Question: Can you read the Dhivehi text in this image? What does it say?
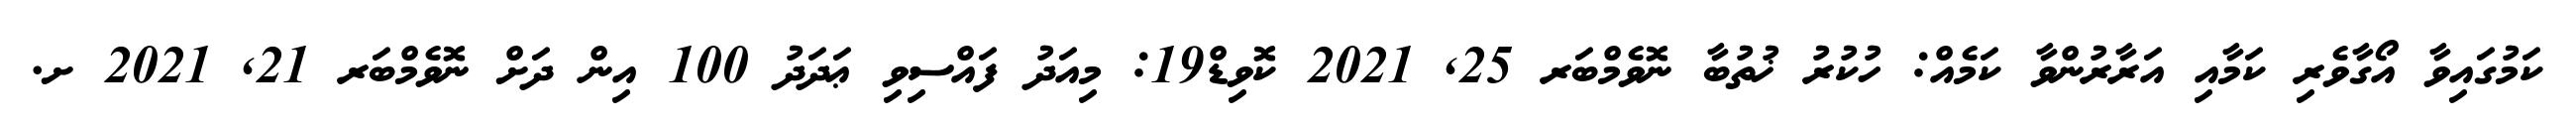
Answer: ކަމުގައިވާ އޯގާވެރި ކަމާއި އަރާރުންވާ ކަމެއް: ހުކުރު ޚުތުބާ ނޮވެމްބަރ 25, 2021 ކޮވިޑް19: މިއަދު ފައްސިވި ޢަދަދު 100 އިން ދަށް ނޮވެމްބަރ 21, 2021 ށ.